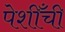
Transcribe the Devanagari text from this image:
पेशीँची